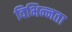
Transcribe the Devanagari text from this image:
विभिन्‍नता